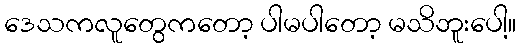
ဒေသကလူတွေကတော့ ပါမပါတော့ မသိဘူးပေါ့။